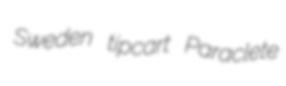
Sweden tipcart Paraclete